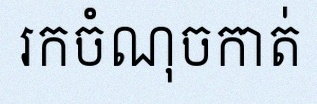
រកចំណុចកាត់